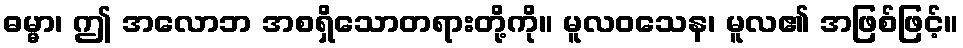
ဓမ္မာ၊ ဤ အလောဘ အစရှိသောတရားတို့ကို။ မူလဝသေန၊ မူလ၏ အဖြစ်ဖြင့်။